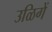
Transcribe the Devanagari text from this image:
उळिगें